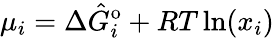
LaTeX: \mu_{i}=\Delta\hat{G}_{i}^{\mathrm{o}}+RT\ln(x_{i})